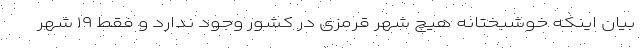
بیان اینکه خوشبختانه هیچ شهر قرمزی در کشور وجود ندارد و فقط ۱۹ شهر